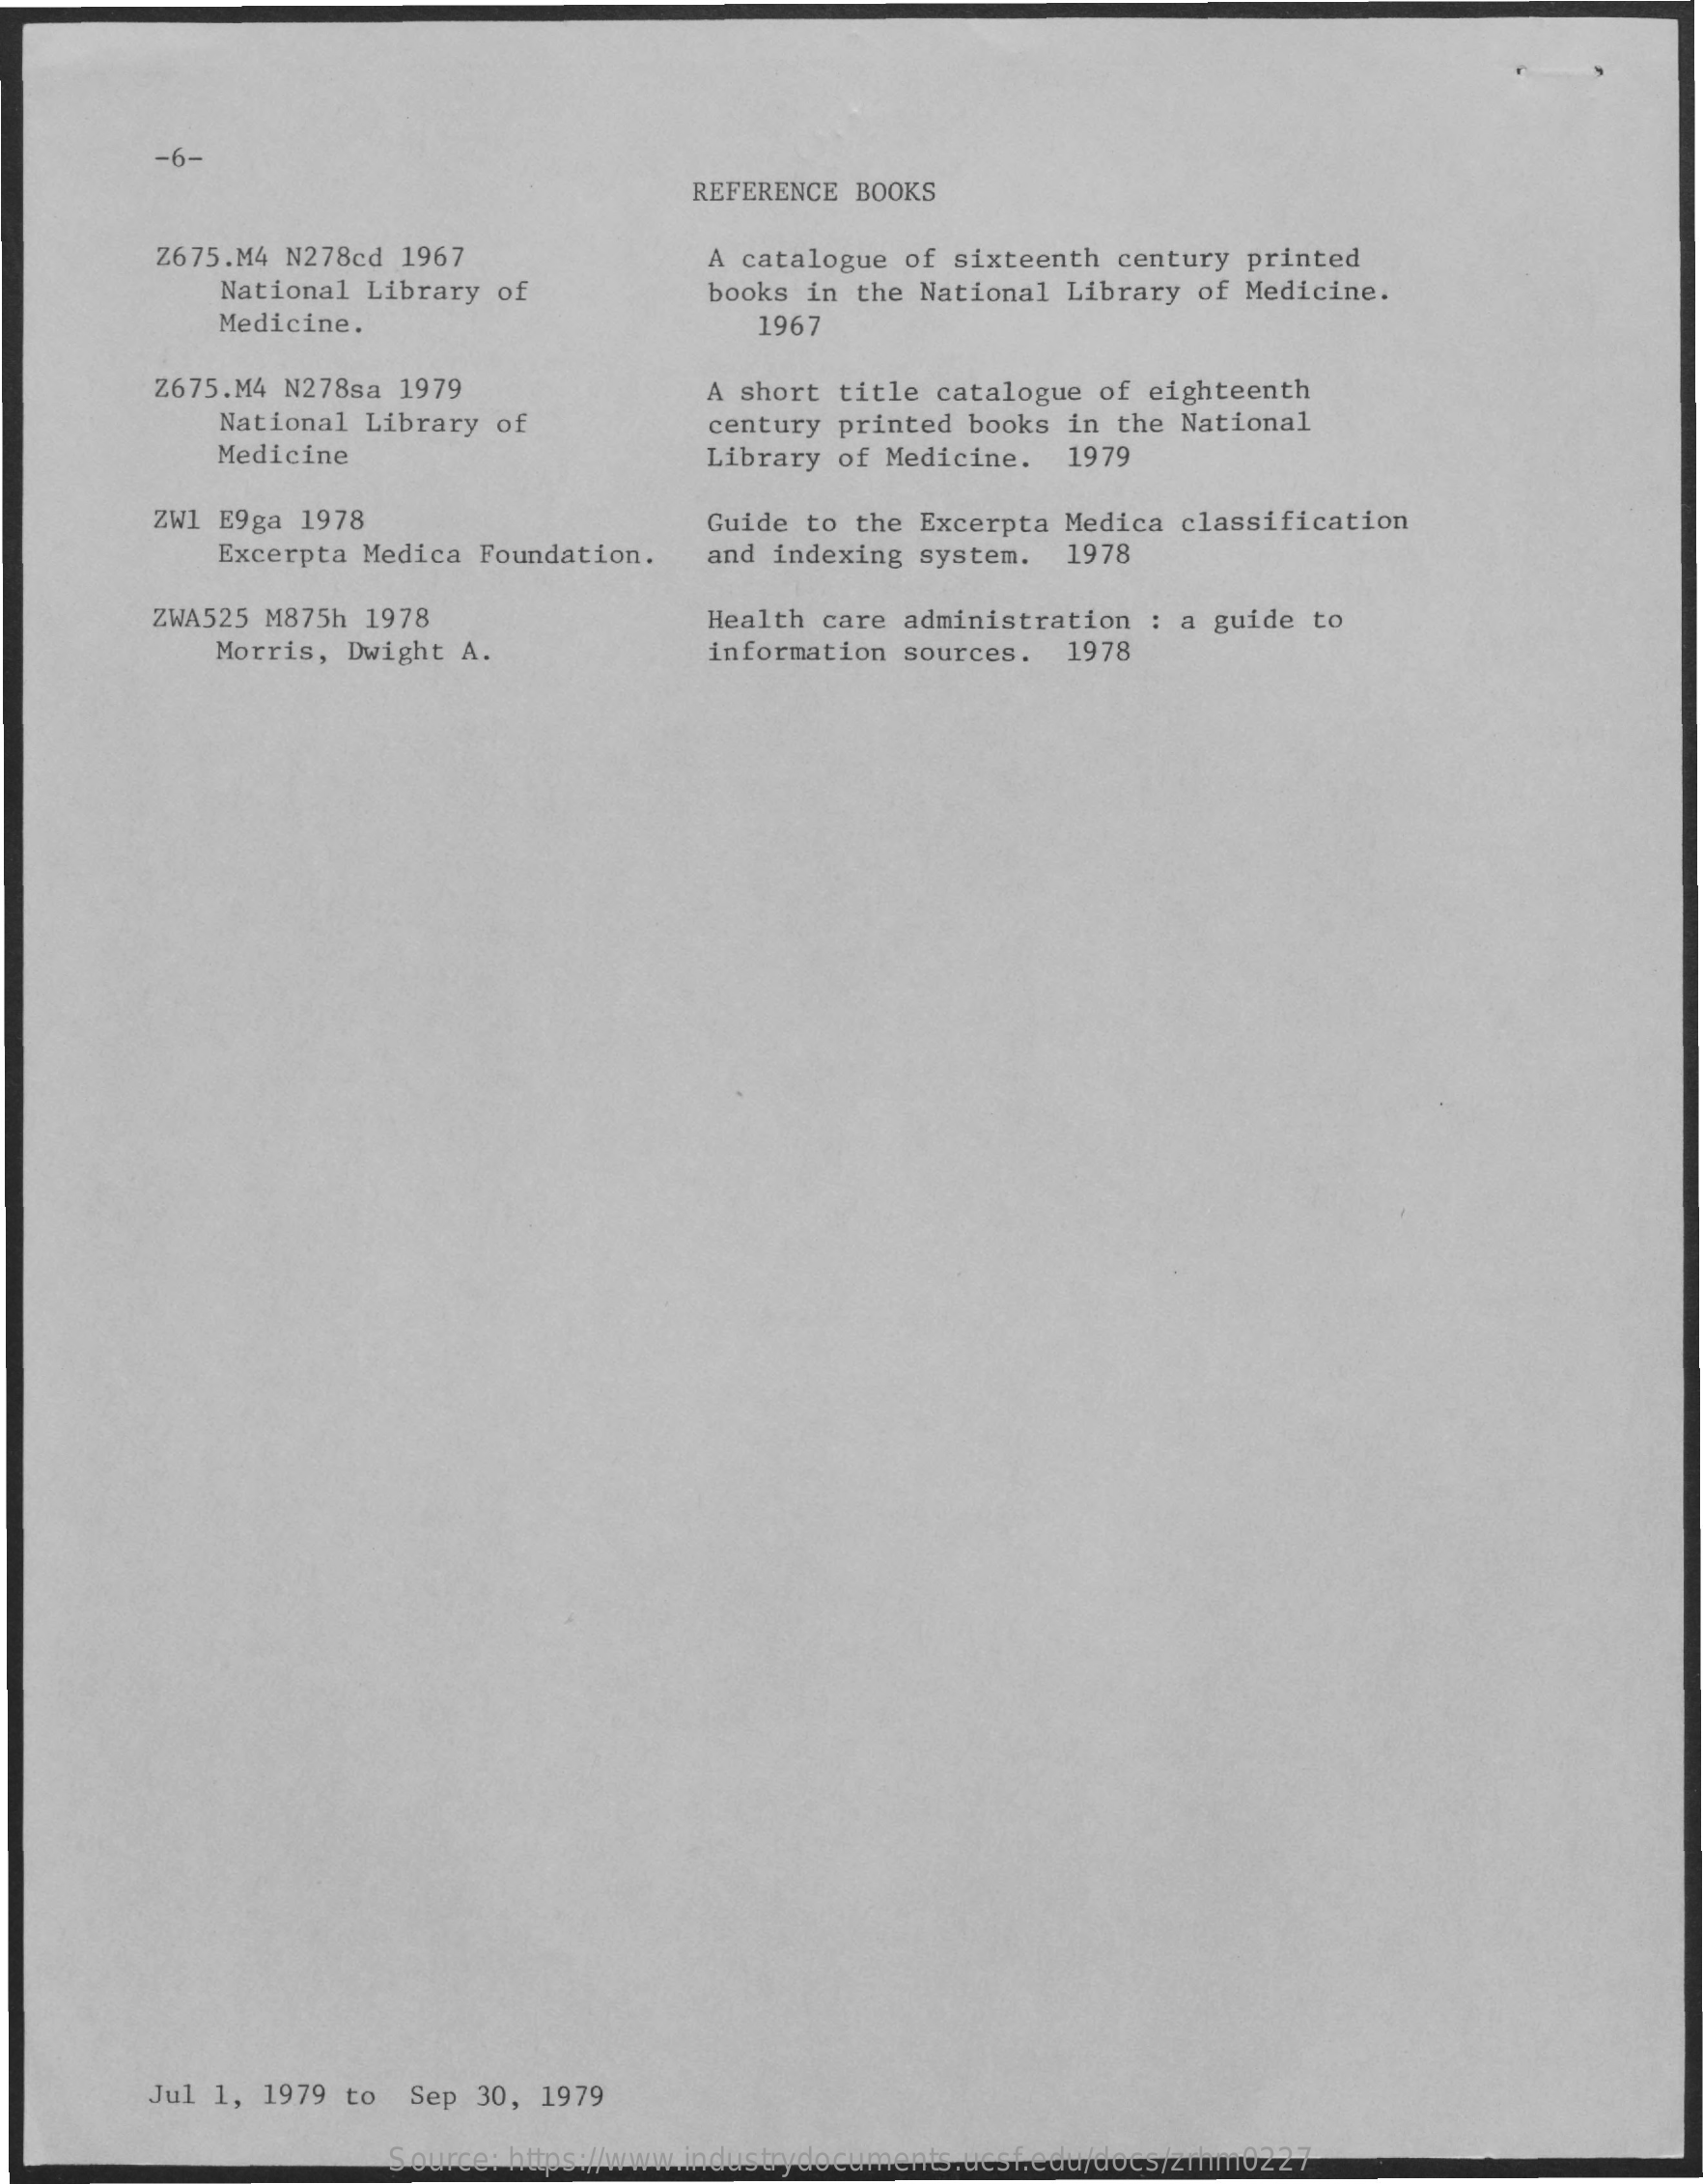
-6-
     REFERENCE  BOOKS
     Z675.M4 N278cd  1967    A catalogue of sixteenth century  printed
     National Library  of    books  in the National Library  of Medicine.
     Medicine.    1967
     Z675.M4 N278sa  1979
     National Library  of
     A short title catalogue of eighteenth
     century printed books in the  National
     Medicine    Library of Medicine.    1979
     ZW1 E9ga 1978    Guide  to the Excerpta Medica classification
     Excerpta Medica  Foundation.   and indexing  system.  1978
     ZWA525 M875h 1978    Health care  administration  : a guide to
     Morris, Dwight  A.    information sources.  1978
     Jul 1, 1979 to  Sep  30, 1979
     Source: https://www.industrydocuments.ucsf.edu/docs/zrhm0227